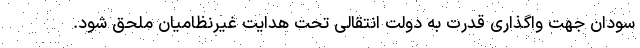
سودان جهت واگذاری قدرت به دولت انتقالی تحت هدایت غیرنظامیان ملحق شود.